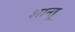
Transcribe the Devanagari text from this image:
शान्तू